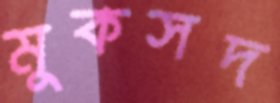
মুকসদ